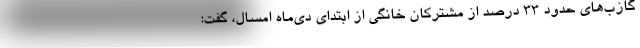
گازب‌های حدود 33 درصد از مشترکان خانگی از ابتدای دی‌ماه امسال، گفت: